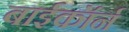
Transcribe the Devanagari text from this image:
बाईकॉर्न